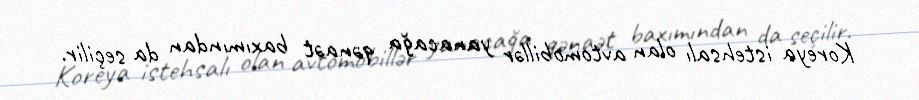
Koreya istehsalı olan avtomobillər yanacağa qənaət baxımından da seçilir.